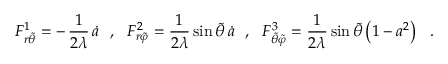
F _ { r { \tilde { \theta } } } ^ { 1 } = - \, \frac { 1 } { 2 \lambda } \, { \dot { a } } ~ ~ , ~ ~ F _ { r { \tilde { \varphi } } } ^ { 2 } = \frac { 1 } { 2 \lambda } \, { \sin { \widetilde { \theta } } \, { \dot { a } } } ~ ~ , ~ ~ F _ { { \tilde { \theta } } { \tilde { \varphi } } } ^ { 3 } = \frac { 1 } { 2 \lambda } \, { \sin { \widetilde { \theta } } } \left( 1 - a ^ { 2 } \right) ~ ~ .